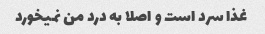
غذا سرد است و اصلا به درد من نمیخورد